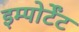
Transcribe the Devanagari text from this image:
इम्पोर्टेंट